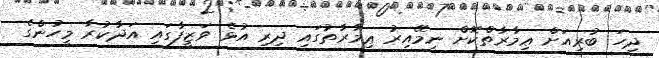
ދިހަ ބުރިއަށް ޢިމާރާތްކޮށް ނިމޭއިރު ޢިމާރާތުގައި ދިރި އުޅެ ވަޒީފާގައި އަދާކުރާ މީހުންގެ